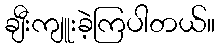
ချီးကျူးခဲ့ကြပါတယ်။